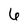
Character: 6